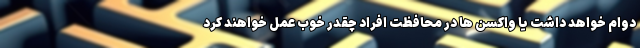
دوام خواهد داشت یا واکسن ها در محافظت افراد چقدر خوب عمل خواهند کرد